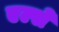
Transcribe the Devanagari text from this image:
एल्से